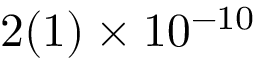
2 ( 1 ) \times 1 0 ^ { - 1 0 }